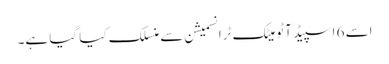
اسے 6 اسپیڈ آٹو میٹک ٹرانسمیشن سے منسلک کیا گیا ہے۔